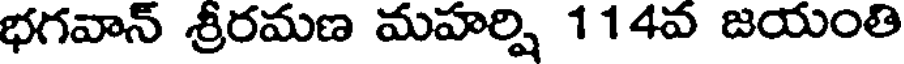
భగవాన్ శ్రీరమణ మహర్షి 114వ జయంతి